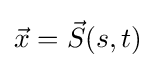
{\vec {x}}={\vec {S}}(s,t)